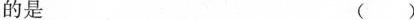
的是 ()